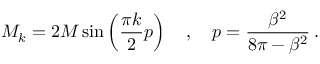
M _ { k } = 2 M \sin \left( \frac { \pi k } { 2 } p \right) \quad , \quad p = \frac { \beta ^ { 2 } } { 8 \pi - \beta ^ { 2 } } \: .